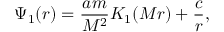
\Psi _ { 1 } ( r ) = \frac { a m } { M ^ { 2 } } K _ { 1 } ( M r ) + \frac { c } { r } ,